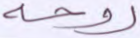
روحه